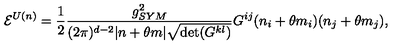
{ \cal E } ^ { U ( n ) } = \frac { 1 } { 2 } \frac { g _ { S Y M } ^ { 2 } } { ( 2 \pi ) ^ { d - 2 } | n + \theta m | \sqrt { \det ( G ^ { k l } ) } } G ^ { i j } ( n _ { i } + \theta m _ { i } ) ( n _ { j } + \theta m _ { j } ) ,